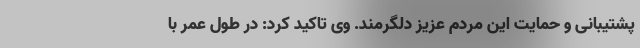
پشتیبانی و حمایت این مردم عزیز دلگرمند. وی تاکید کرد: در طول عمر با